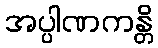
အပ္ပါဏကန္တိ